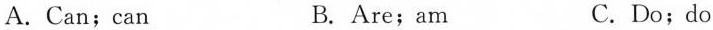
A.Can;can B.Are;am C.Do;do